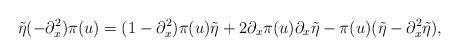
LaTeX: \begin{align*}\tilde\eta(-\partial_x^2)\pi(u)=(1-\partial_x^2)\pi(u)\tilde\eta+2\partial_x\pi(u)\partial_x\tilde\eta-\pi(u)(\tilde\eta-\partial_x^2\tilde\eta),\end{align*}